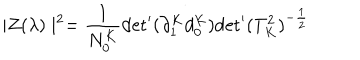
\mid Z ( \lambda ) \mid ^ { 2 } = \frac { 1 } { N _ { 0 } ^ { K } } { \det } ^ { \prime } ( \partial _ { 1 } ^ { K } d _ { 0 } ^ { K } ) { \det } ^ { \prime } ( T _ { K } ^ { 2 } ) ^ { - \frac { 1 } { 2 } }